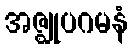
အဇ္ဈုပဂမနံ